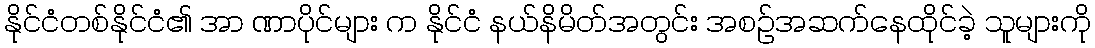
နိုင်ငံတစ်နိုင်ငံ၏ အာ ဏာပိုင်များ က နိုင်ငံ နယ်နိမိတ်အတွင်း အစဉ်အဆက်နေထိုင်ခဲ့ သူများကို